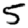
Digit: 5